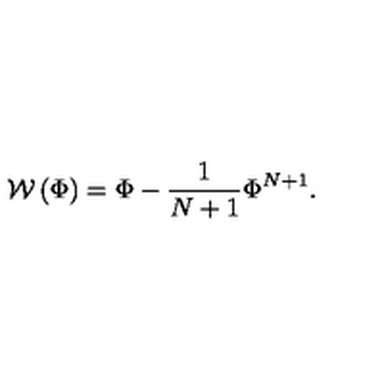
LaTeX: { \mathcal W } \left( \Phi \right) = \Phi - \frac { 1 } { N + 1 } \Phi ^ { N + 1 } .